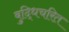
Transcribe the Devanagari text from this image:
बुद्धिचरित